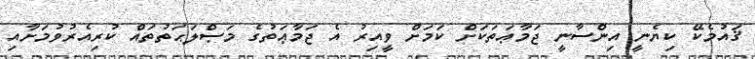
ޤައުމެކޭ ކިޔެނީ އިންސާނީ ޖަމާޢަތަކަށް ކަމަށް ވީއިރު އެ ޖަމާޢަތުގެ މަޞްލަޙަތުތައް ކުރިއެރުވުމަށާއި